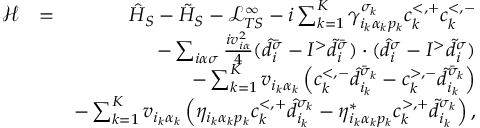
\begin{array} { r l r } { \mathcal { H } } & { = } & { \hat { H } _ { S } - \tilde { H } _ { S } - \mathcal { L } _ { T S } ^ { \infty } - i \sum _ { k = 1 } ^ { K } \gamma _ { i _ { k } \alpha _ { k } p _ { k } } ^ { \sigma _ { k } } c _ { k } ^ { < , + } c _ { k } ^ { < , - } } \\ & { } & { - \sum _ { i \alpha \sigma } \frac { i v _ { i \alpha } ^ { 2 } } { 4 } ( \hat { d } _ { i } ^ { \bar { \sigma } } - I ^ { > } \tilde { d } _ { i } ^ { \bar { \sigma } } ) \cdot ( \hat { d } _ { i } ^ { \sigma } - I ^ { > } \tilde { d } _ { i } ^ { \sigma } ) } \\ & { } & { - \sum _ { k = 1 } ^ { K } v _ { i _ { k } \alpha _ { k } } \left( c _ { k } ^ { < , - } \hat { d } _ { i _ { k } } ^ { \bar { \sigma } _ { k } } - c _ { k } ^ { > , - } \tilde { d } _ { i _ { k } } ^ { \bar { \sigma } _ { k } } \right) } \\ & { } & { - \sum _ { k = 1 } ^ { K } v _ { i _ { k } \alpha _ { k } } \left( \eta _ { i _ { k } \alpha _ { k } p _ { k } } c _ { k } ^ { < , + } \hat { d } _ { i _ { k } } ^ { \sigma _ { k } } - \eta _ { i _ { k } \alpha _ { k } p _ { k } } ^ { * } c _ { k } ^ { > , + } \tilde { d } _ { i _ { k } } ^ { \sigma _ { k } } \right) , } \end{array}